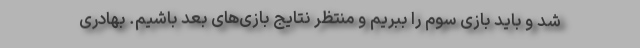
شد و باید بازی سوم را ببریم و منتظر نتایج بازی‌های بعد باشیم. بهادری